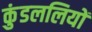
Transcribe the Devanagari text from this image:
कुंडललियों